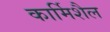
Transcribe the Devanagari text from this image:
कार्मिशैल